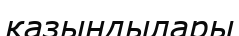
қазындылары